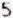
5